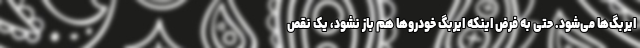
ایربگ‌ها می‌شود. حتی به فرض اینکه ایربگ خودروها هم باز نشود، یک نقص